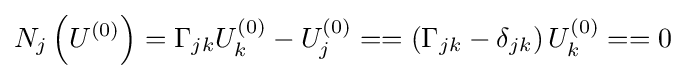
N_{j}\left(U^{\left(0\right)}\right)=\Gamma _{jk}U_{k}^{\left(0\right)}-U_{j}^{\left(0\right)}==\left(\Gamma _{jk}-\delta _{jk}\right)U_{k}^{\left(0\right)}==0